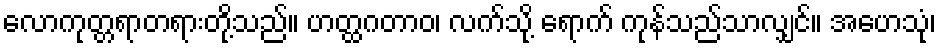
လောကုတ္တရာတရားတို့သည်။ ဟတ္ထဂတာဝ၊ လက်သို့ ရောက် ကုန်သည်သာလျှင်။ အဟေသုံ၊